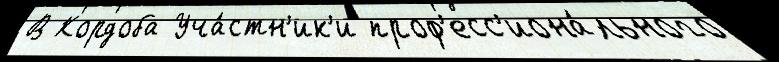
В Кордоба Уча́стн'ик'и проф'есс'иона́льного